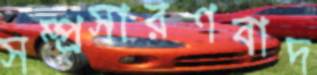
সম্প্রসারণবাদ